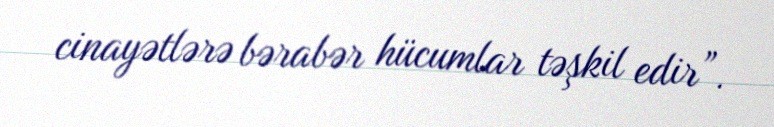
cinayətlərə bərabər hücumlar təşkil edir”.